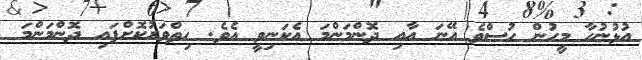
އުޅުނުހާ މީހުން ހުސްވެ އޭނަ އާއި ދޮންމަންމަ އެކަނިވީ އެވެ. ހިތްވަރުކޮށްފައި ދޮންމަންމަ